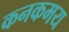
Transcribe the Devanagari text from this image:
कनकमय